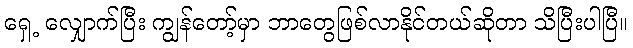
ရှေ့ လျှောက်ပြီး ကျွန်တော့်မှာ ဘာတွေဖြစ်လာနိုင်တယ်ဆိုတာ သိပြီးပါပြီ။